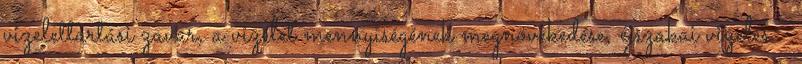
vizelettartási zavar, a vizelet mennyiségének megnövekedése, éjszakai vizelés -